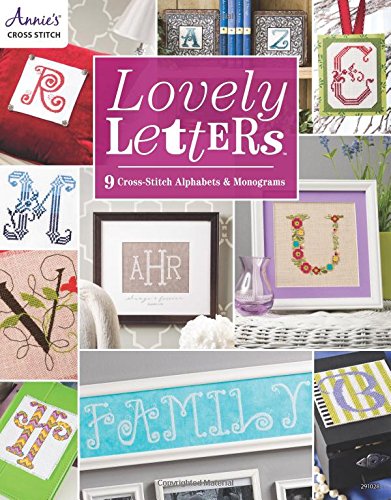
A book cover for Lovely Letters: 9 Cross-Stitch Alphabets & Monograms; Annie's; Crafts, Hobbies & Home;